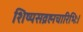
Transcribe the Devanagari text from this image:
शिष्यसव्रह्मचारिभिः।